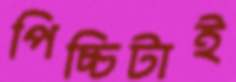
পিচ্চিটাই